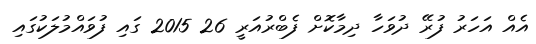
އެއް އަހަރު ފުރޭ ދުވަހާ ދިމާކޮށް ފެބްރުއަރީ 26 2015 ގައި ފުވައްމުލަކުގައި